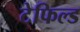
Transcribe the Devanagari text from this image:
टेफिल्ड